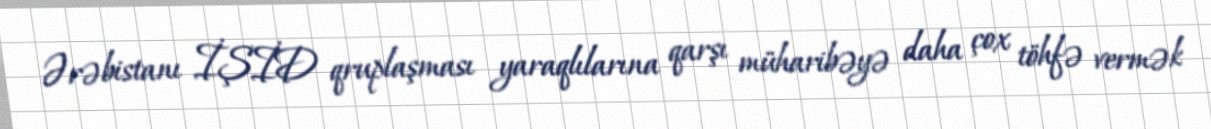
Ərəbistanı İŞİD qruplaşması yaraqlılarına qarşı müharibəyə daha çox töhfə vermək